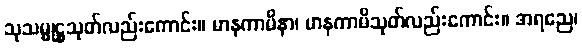
သုသမ္မုဋ္ဌသုတ်လည်းကောင်း။ မာနကာမိနာ၊ မာနကာမိသုတ်လည်းကောင်း။ အရညေ၊